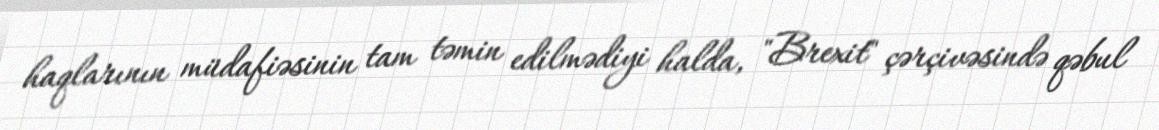
haqlarının müdafiəsinin tam təmin edilmədiyi halda, "Brexit" çərçivəsində qəbul